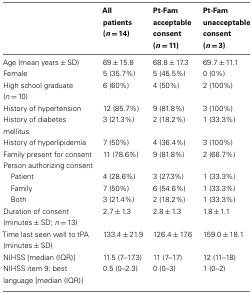
<table><thead><tr><td></td><td><b>All patients (<i>n</i> = 14)</b></td><td><b>Pt-Fam acceptable consent (<i>n</i> = 11)</b></td><td><b>Pt-Fam unacceptable consent (<i>n</i> = 3)</b></td></tr></thead><tbody><tr><td>Age (mean years ± SD)</td><td>69 ± 15.8</td><td>68.8 ± 17.3</td><td>69.7 ± 11.1</td></tr><tr><td>Female</td><td>5 (35.7%)</td><td>5 (45.5%)</td><td>0 (0%)</td></tr><tr><td>High school graduate (<i>n</i> = 10)</td><td>6 (60%)</td><td>4 (50%)</td><td>2 (100%)</td></tr><tr><td>History of hypertension</td><td>12 (85.7%)</td><td>9 (81.8%)</td><td>3 (100%)</td></tr><tr><td>History of diabetes mellitus</td><td>3 (21.3%)</td><td>2 (18.2%)</td><td>1 (33.3%)</td></tr><tr><td>History of hyperlipidemia</td><td>7 (50%)</td><td>4 (36.4%)</td><td>3 (100%)</td></tr><tr><td>Family present for consent</td><td>11 (78.6%)</td><td>9 (81.8%)</td><td>2 (66.7%)</td></tr><tr><td>Person authorizing consent</td><td></td><td></td></tr><tr><td>Patient</td><td>4 (28.6%)</td><td>3 (27.3%)</td><td>1 (33.3%)</td></tr><tr><td>Family</td><td>7 (50%)</td><td>6 (54.6%)</td><td>1 (33.3%)</td></tr><tr><td>Both</td><td>3 (21.4%)</td><td>2 (18.2%)</td><td>1 (33.3%)</td></tr><tr><td>Duration of consent (minutes ± SD; <i>n</i> = 13)</td><td>2.7 ± 1.3</td><td>2.8 ± 1.3</td><td>1.8 ± 1.1</td></tr><tr><td>Time last seen well to tPA (minutes ± SD)</td><td>133.4 ± 21.9</td><td>126.4 ± 17.6</td><td>159.0 ± 18.1</td></tr><tr><td>NIHSS [median (IQR)]</td><td>11.5 (7–17.3)</td><td>11 (7–17)</td><td>12 (11–18)</td></tr><tr><td>NIHSS item 9: best language [median (IQR)]</td><td>0.5 (0–2.3)</td><td>0 (0–3)</td><td>1 (0–2)</td></tr></tbody></table>